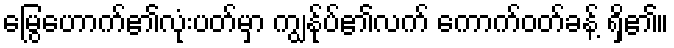
မြွေဟောက်၏လုံးပတ်မှာ ကျွန်ုပ်၏လက် ကောက်ဝတ်ခန့် ရှိ၏။